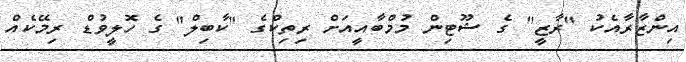
އިންޒާރާއެކު "ރާޒީ" ގެ ޝޫޓިން މުމްބާއީއަށް ރިތިކްގެ "ކާބިލް" ގެ ހޮލީވުޑް ރިމޭކެއް